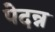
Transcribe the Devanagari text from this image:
पेदन्न